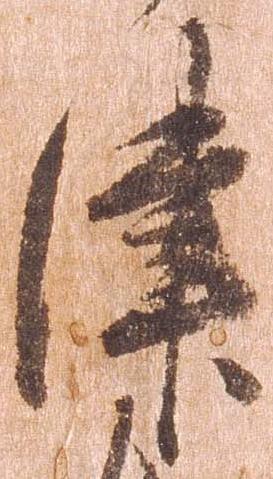
津